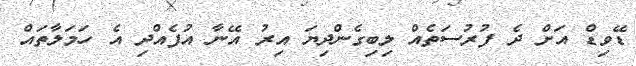
ޑޭވިޑް އަށް ދެ ފުރުސަތެއް ލިބިގެންދިޔަ އިރު އޭނާ އުފެއްދި އެ ހަމަލާތައް